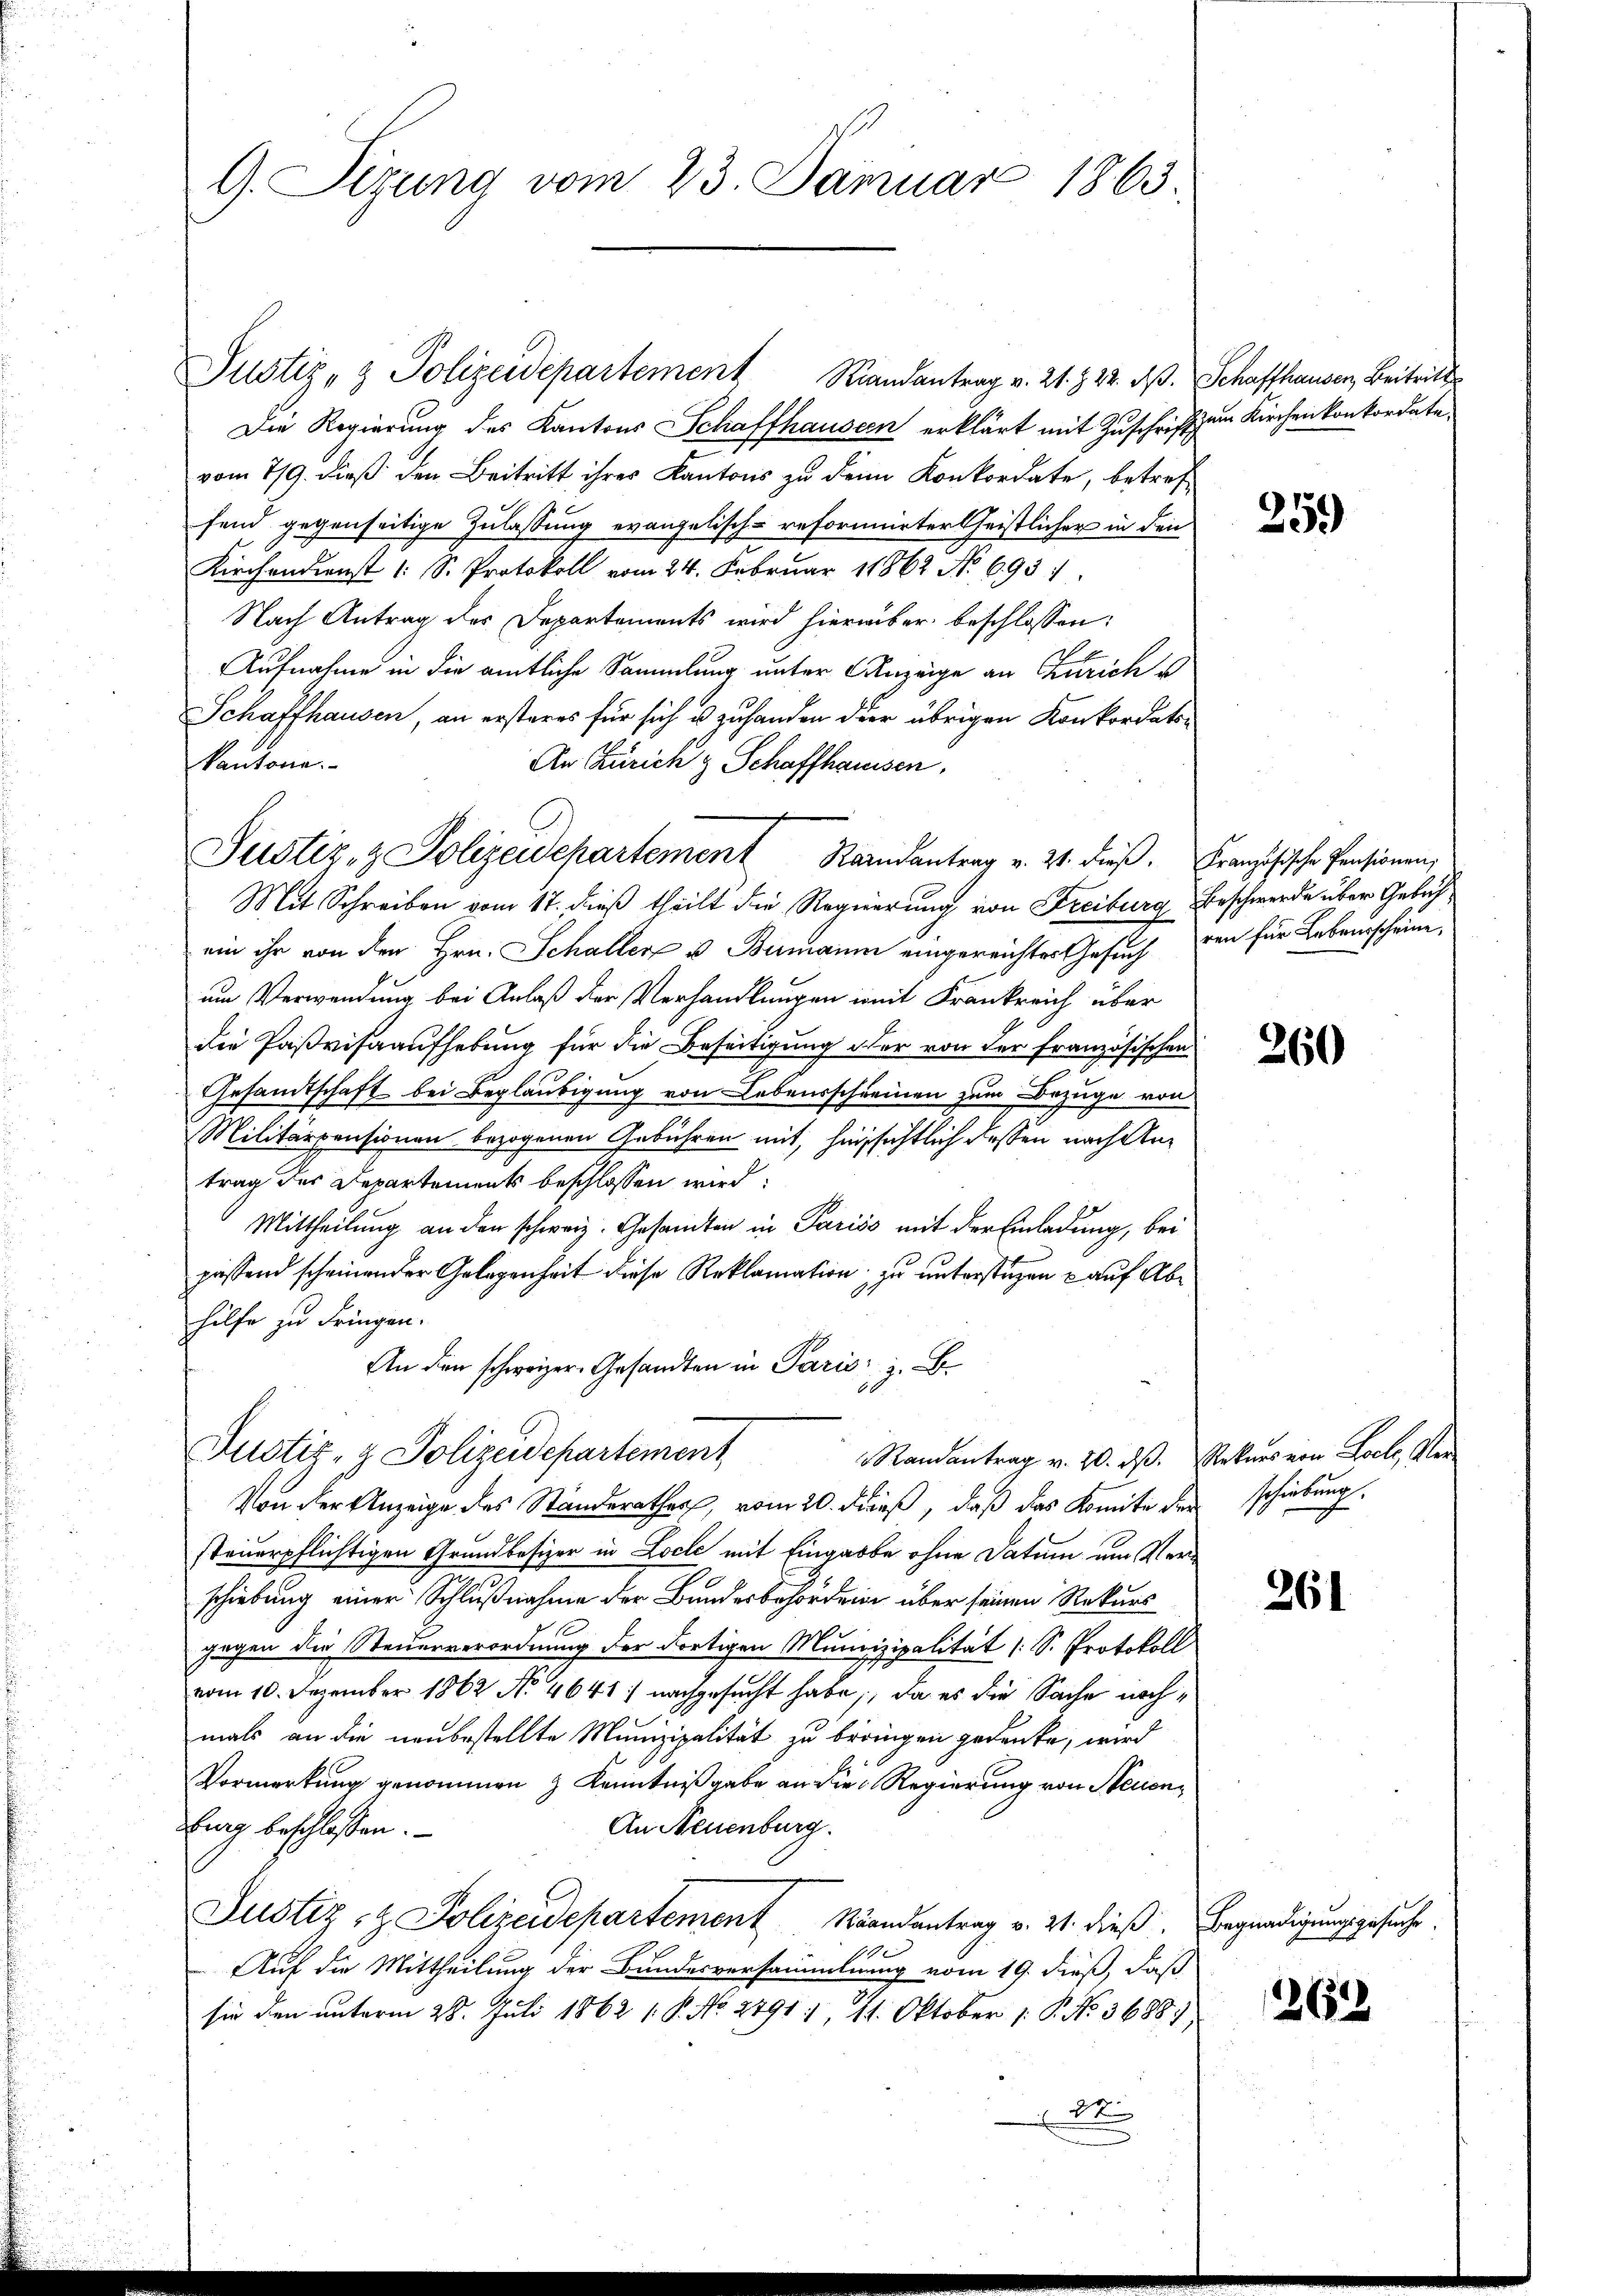
G. Sizung vom 23. Januar 1863.

Justiz- & Polizeidepartement Randantrag v. 21. § 22. d. Schaffhauser, Beitritt
Die Regierung des Kantons Schaffhausern erklärt mit Zuschrift zum Kirchen konkordate
vom 7/9. dieß den Beitritt ihres Kantons zu den Konkordate, betref
fend gegenseitige Zulassung evangelisch-reformirter heistlicher in den
Kirchendienst (: S. Protokoll vom 24. Februar 1862 No 693.
Nach Antrag des Departements wird hierüber beschlossen:
Aufnahme in die amtliche Sammlung unter Anzeige an Zürich s
Schaffhausen, an ersteres für sich u zu handen der übrigen Konkordats-
An Zürich & Schaffhaussen,
kantone.
ein ihr von den Hrn. Schaller u. Bumann eingereichter Gesuch von für Lebensscheine,
um Verwendung bei Anlaß der Verhandlungen mit Frankreich über
die Paßvisaaufhebung für die Beseitigung der von der französischen
5
Gesandtschaft bei Beglaubigung von Lebensschreinen zum Bezüge von
Militärpensionen bezogenen Gebühren mit, hinsichtlich dessen nach Antrag des Departements beschlossen wird.
Mittheilung an den schweiz. Gesamten in Pariss mit der Einladung, bei
passend scheinender Gelegenheit diese Reklamation zu unterstützen - auf Abhilfe zu bringen.
An den schweizer-Gesandten in Paris, z. B.

Justiz- & Polizeidepartement Randantrag v. 21. dieβ. Französische Pensionen,
Mit Schreiben vom 17. dieß theilt die Regierung von Freiburg Beschwerde über Gebach

Von der Anzeige des Standerathes, vom 20. dieß, daß das Komite der schiebung,
steuerpflichtigen Grundbesizer in Locle mit Eingarbe ohne Datum um Verschiebung einer Schlußnahme der Bundesbehörden über seinen Rekurs
gegen die Steuerverordnung der dortigen Munizipalität (S. Protokoll
vom 10. Dezember 1862 No 4641) nachgesucht habe, da es die Sache nach¬
8
mals an die neubestellte Munizipalität zu bringen gedenke, wird
Vormerkung genommen & Kenntnißgabe an die Regierung von Neuen¬
An Neuenburg.
lung beschlossen:
Justiz- & Polizeidepartement Randantrag v. 21. dieß. Begnadigungsgesuche.
10.
Auf die Mittheilung der Bundesversammlung vom 19. dieß, daß
sie den unterm 28. Juli 1862 1. P. No. 2491, 14. Oktober 1 P. No. 36881
2

Justiz- & Polizeidepartement
Randantrag v. 20. ds. Rekurs von Locke, Ver

259)

260

261

2652